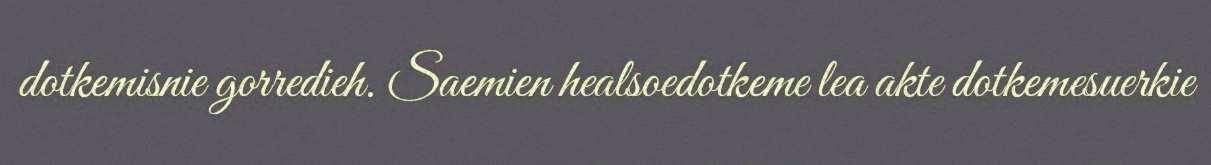
dotkemisnie gorredieh. Saemien healsoedotkeme lea akte dotkemesuerkie